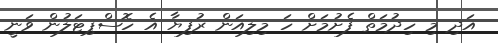
އަދި މި ހިދުމަތް ފެށުމަށް ހަ މިލިއަން ރުފިޔާ އެ ހޮސްޕިޓަލުން ވަނީ